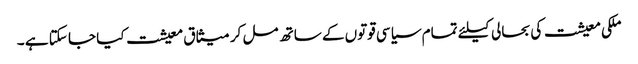
ملکی معیشت کی بحالی کیلئے تمام سیاسی قوتوں کے ساتھ مل کر میثاق معیشت کیا جا سکتا ہے ۔